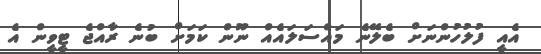
އެއީ ފުލުހުންނަށް ބެލޭނެ މައްސަލައެއް ނޫން ކަމަށް ބުނެ ރާއްޖެ ޓީވީން އެ